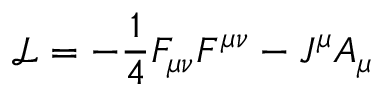
\mathcal { L } = - \frac { 1 } { 4 } F _ { \mu \nu } F ^ { \mu \nu } - J ^ { \mu } A _ { \mu }